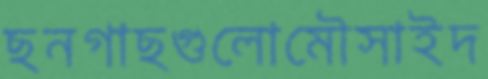
ছনগাছগুলোমৌসাইদ